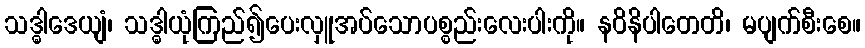
သဒ္ဓါဒေယျံ၊ သဒ္ဓါယုံကြည်၍ပေးလှူအပ်သောပစ္စည်းလေးပါးကို။ နဝိနိပါတေတိ၊ မပျက်စီးစေ။